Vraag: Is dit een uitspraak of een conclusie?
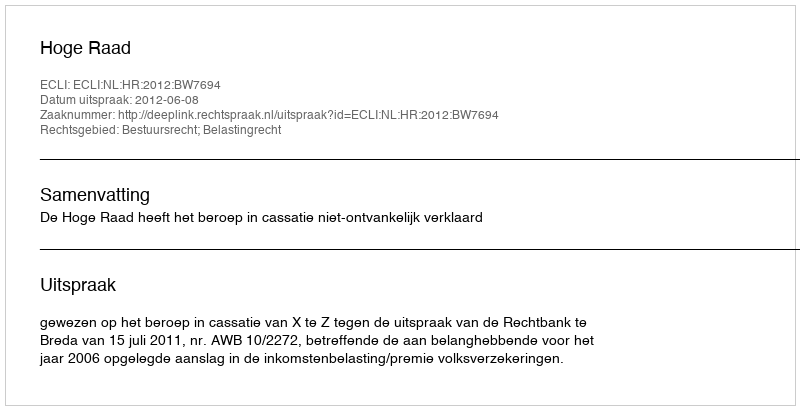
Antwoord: Uitspraak